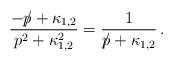
LaTeX: \begin{align*}\frac{{-p \hspace{-0.2cm}/} + \kappa_{1,2}}{p^{2} + \kappa^{2}_{1,2}} =\frac{1}{{p \hspace{-0.2cm}/} + \kappa_{1,2}} \, .\end{align*}